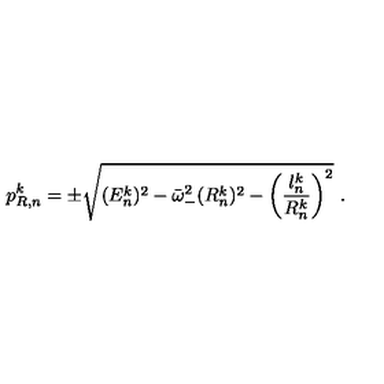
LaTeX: p _ { R , n } ^ { k } = \pm \sqrt { ( E _ { n } ^ { k } ) ^ { 2 } - \bar { \omega } _ { - } ^ { 2 } ( R _ { n } ^ { k } ) ^ { 2 } - \left( \frac { l _ { n } ^ { k } } { R _ { n } ^ { k } } \right) ^ { 2 } } \ .